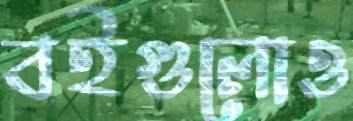
বইগুলোও